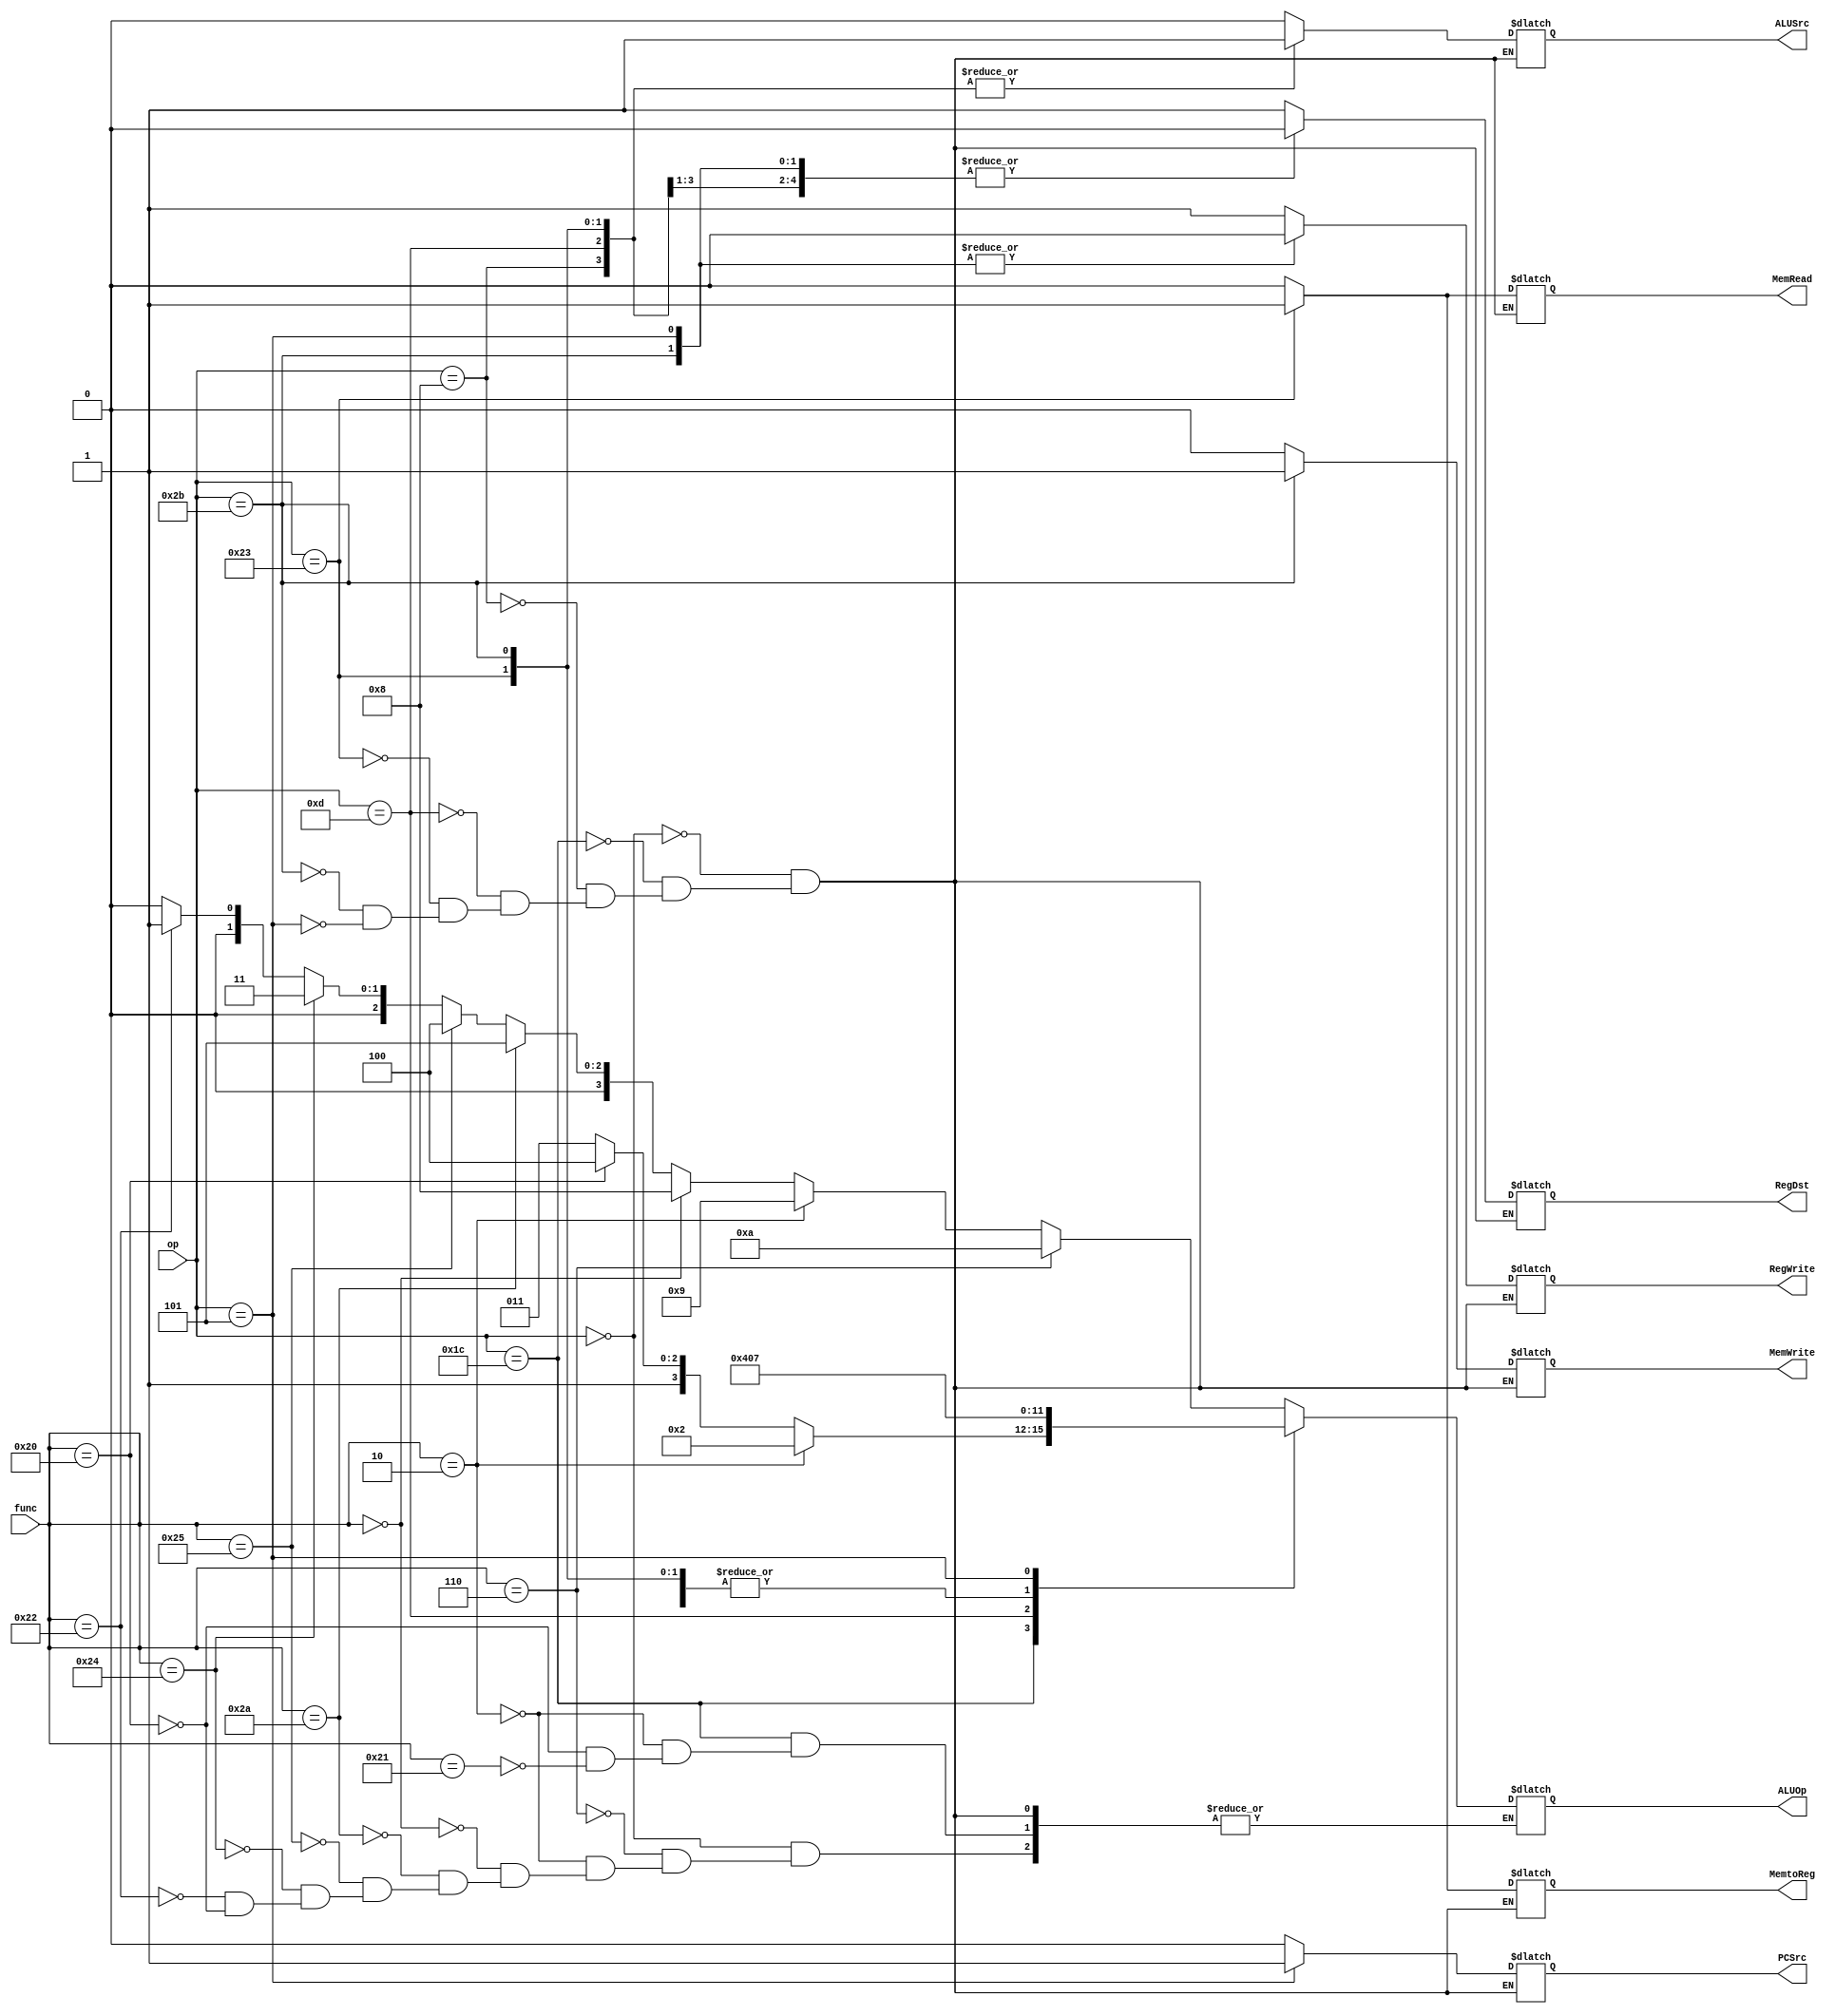
`timescale 1ns / 1ps
//////////////////////////////////////////////////////////////////////////////////
// Company: University of Arizona
// 
// Design Name: Sources
// Module Name: Controller
// Project Name: Single Cycle Processor
// Target Devices: FPGA Board
// Tool Versions: 
// Description: Performs desired operations on memory
// 
// Dependencies:
// 
// Revision:
// Revision 0.01 - File Created
// Additional Comments:
// 
//////////////////////////////////////////////////////////////////////////////////


module Controller(op, func, RegDst, RegWrite, ALUSrc, ALUOp, MemRead, MemWrite, MemtoReg, PCSrc);

    input [5:0] op;
    input [5:0] func;
    
    output reg RegDst, RegWrite, ALUSrc, MemRead, MemWrite, MemtoReg, PCSrc;
    output reg [3:0] ALUOp;
    
    
    always @(*) begin
        case(op)
            6'b000000: begin
                ALUSrc <= 0;
                RegDst <= 1;
                RegWrite <= 1;
                MemRead <= 0;
                MemWrite <= 0;
                MemtoReg <= 0;
                PCSrc <= 0;
                if (func == 6'b100000) ALUOp <= 4'b0000;
                if (func == 6'b100010) ALUOp <= 4'b0001;
                if (func == 6'b100100) ALUOp <= 4'b0011;
                if (func == 6'b100101) ALUOp <= 4'b0100;
                if (func == 6'b101010) ALUOp <= 4'b0101;
                if (func == 6'b000000) ALUOp <= 4'b1000;
                if (func == 6'b000010) ALUOp <= 4'b1001;
                if (func == 6'b000110) ALUOp <= 4'b1010;
            end
            6'b011100: begin        //clo, clz, mul
                ALUSrc <= 0;
                RegDst <= 1;
                RegWrite <= 1;
                MemRead <= 0;
                MemWrite <= 0;
                MemtoReg <= 0;
                PCSrc <= 0;
                if (func == 6'b100001) ALUOp <= 4'b1011;
                if (func == 6'b100000) ALUOp <= 4'b1100;
                if (func == 6'b000010) ALUOp <= 4'b0010;
            end            
            6'b001000: begin    //addi
                ALUSrc <= 1;
                RegDst <= 0;
                RegWrite <= 1;
                MemRead <= 0;
                MemWrite <= 0;
                MemtoReg <= 0;
                PCSrc <= 0;
                ALUOp <= 4'b0000;
            end
            6'b001101: begin    //ori
                ALUSrc <= 1;
                RegDst <= 0;
                RegWrite <= 1;
                MemRead <= 0;
                MemWrite <= 0;
                MemtoReg <= 0;
                PCSrc <= 0;
                ALUOp <= 4'b0100;
            end
            6'b100011: begin //lw
                ALUSrc <= 1;
                RegDst <= 0;
                RegWrite <= 1;
                MemRead <= 1;
                MemWrite <= 0;
                MemtoReg <= 1;
                PCSrc <= 0;
                ALUOp <= 4'b0000;
            end
            6'b101011: begin //sw
                ALUSrc <= 1;
                RegDst <= 0;
                RegWrite <= 0;
                MemRead <= 0;
                MemWrite <= 1;
                MemtoReg <= 0;
                PCSrc <= 0;
                ALUOp <= 4'b0000;
            end
            6'b000101: begin //bne
                ALUSrc <= 0;
                RegDst <= 0;
                RegWrite <= 0;
                MemRead <= 0;
                MemWrite <= 0;
                MemtoReg <= 0;
                PCSrc <= 1;
                ALUOp <= 4'b0111;
            end
        endcase  
    end   
endmodule